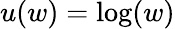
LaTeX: u(w)=\log(w)